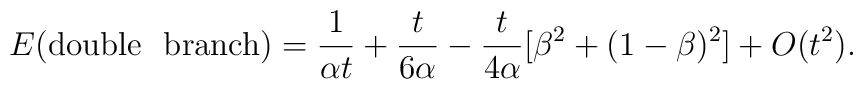
E({\rm double~~ branch})=\frac{1}{\alpha t}+\frac{t}{6\alpha}-\frac{t}{4\alpha}[\beta^2+(1-\beta)^2]+ O(t^2).